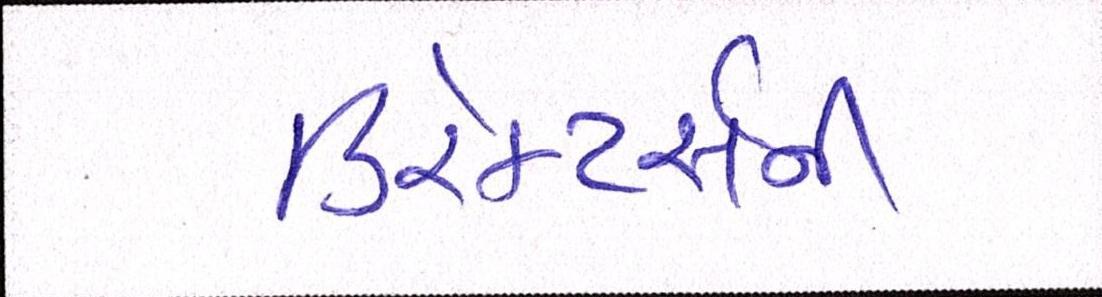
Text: ડિરેક્ટર્સની